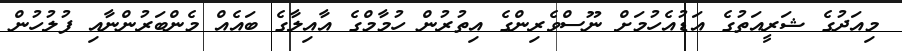
މިއަދުގެ ޝަރީއަތުގެ އަޑުއެހުމަށް ނޫސްވެރިންގެ އިތުރުން ހުމާމްގެ އާއިލާގެ ބައެއް މެންބަރުންނާއި ފުލުހުން